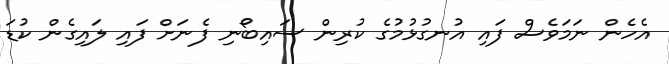
އެހެން ނަމަވެސް ފައި އުނގުޅުމުގެ ކުރިން ސައިބޯނި ފެނަށް ފައި ލައިގެން ކުޑަ